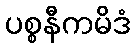
ပစ္စနီကမိဒံ